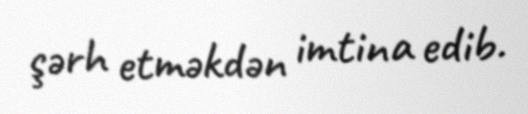
şərh etməkdən imtina edib.